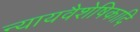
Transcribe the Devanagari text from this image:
न्यायवैशेषिकादि